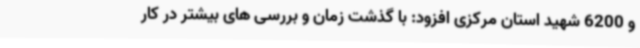
و 6200 شهید استان مرکزی افزود: با گذشت زمان و بررسی های بیشتر در کار